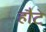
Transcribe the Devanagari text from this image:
हौटे